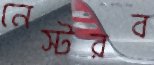
নেস্টরব